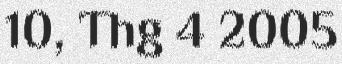
10, Thg 4 2005